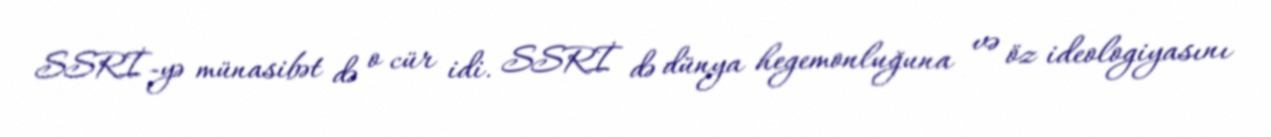
SSRİ-yə münasibət də o cür idi. SSRİ də dünya hegemonluğuna və öz ideologiyasını